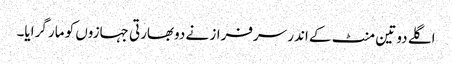
اگلے دو تین منٹ کے اندر سرفراز نے دوبھارتی جہازوں کو مار گرایا۔